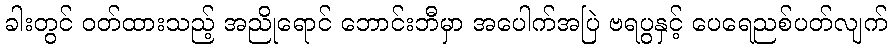
ခါးတွင် ဝတ်ထားသည့် အညိုရောင် ဘောင်းဘီမှာ အပေါက်အပြဲ ဗရပွနှင့် ပေရေညစ်ပတ်လျက်